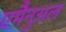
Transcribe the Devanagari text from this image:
एमैनुअल